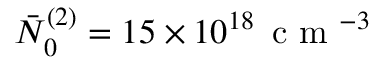
\bar { N } _ { 0 } ^ { ( 2 ) } = 1 5 \times 1 0 ^ { 1 8 } \, \mathrm { ~ c ~ m ~ } ^ { - 3 }